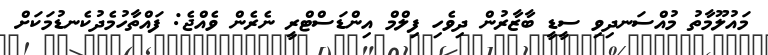
މައުލޫމާތު މުއްސަނދިވި ސީޑީ ބާޒާރުން ދިވެހި ފިލްމް އިންޑަސްޓްރީ ނެރެން ވެއްޖެ: ފައްތާހުމެދުކެނޑުމަކަށް